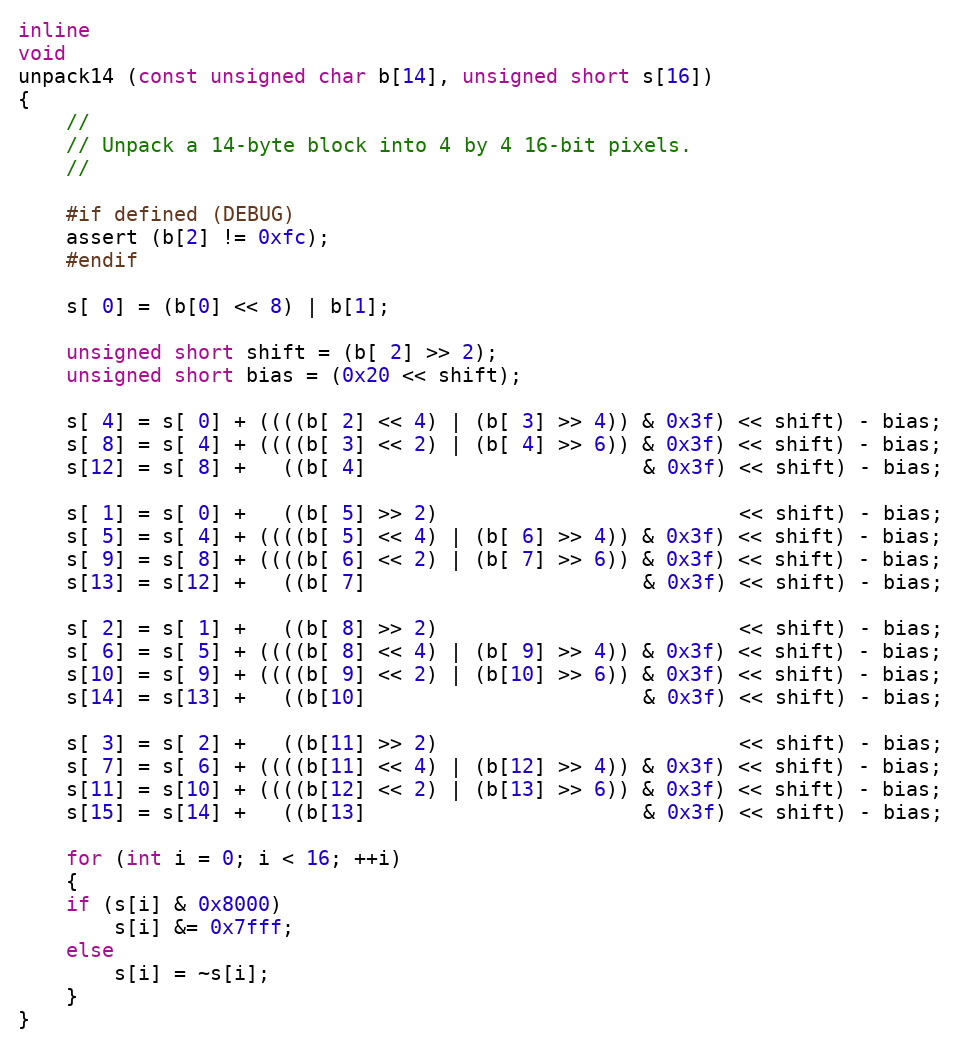
Language: C++
inline
void
unpack14 (const unsigned char b[14], unsigned short s[16])
{
    //
    // Unpack a 14-byte block into 4 by 4 16-bit pixels.
    //

    #if defined (DEBUG)
	assert (b[2] != 0xfc);
    #endif

    s[ 0] = (b[0] << 8) | b[1];

    unsigned short shift = (b[ 2] >> 2);
    unsigned short bias = (0x20 << shift);

    s[ 4] = s[ 0] + ((((b[ 2] << 4) | (b[ 3] >> 4)) & 0x3f) << shift) - bias;
    s[ 8] = s[ 4] + ((((b[ 3] << 2) | (b[ 4] >> 6)) & 0x3f) << shift) - bias;
    s[12] = s[ 8] +   ((b[ 4]                       & 0x3f) << shift) - bias;

    s[ 1] = s[ 0] +   ((b[ 5] >> 2)                         << shift) - bias;
    s[ 5] = s[ 4] + ((((b[ 5] << 4) | (b[ 6] >> 4)) & 0x3f) << shift) - bias;
    s[ 9] = s[ 8] + ((((b[ 6] << 2) | (b[ 7] >> 6)) & 0x3f) << shift) - bias;
    s[13] = s[12] +   ((b[ 7]                       & 0x3f) << shift) - bias;

    s[ 2] = s[ 1] +   ((b[ 8] >> 2)                         << shift) - bias;
    s[ 6] = s[ 5] + ((((b[ 8] << 4) | (b[ 9] >> 4)) & 0x3f) << shift) - bias;
    s[10] = s[ 9] + ((((b[ 9] << 2) | (b[10] >> 6)) & 0x3f) << shift) - bias;
    s[14] = s[13] +   ((b[10]                       & 0x3f) << shift) - bias;

    s[ 3] = s[ 2] +   ((b[11] >> 2)                         << shift) - bias;
    s[ 7] = s[ 6] + ((((b[11] << 4) | (b[12] >> 4)) & 0x3f) << shift) - bias;
    s[11] = s[10] + ((((b[12] << 2) | (b[13] >> 6)) & 0x3f) << shift) - bias;
    s[15] = s[14] +   ((b[13]                       & 0x3f) << shift) - bias;

    for (int i = 0; i < 16; ++i)
    {
	if (s[i] & 0x8000)
	    s[i] &= 0x7fff;
	else
	    s[i] = ~s[i];
    }
}